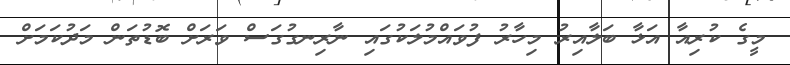
މީގެ ކުރިއާ އަޅާ ބަލާއިރު މިހާރު ފުވައްމުލަކުގައި ނާރިނގުގަސް ވަރަށް ބޮޑުތަން މަދުކަމަށް